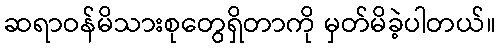
ဆရာဝန်မိသားစုတွေရှိတာကို မှတ်မိခဲ့ပါတယ်။